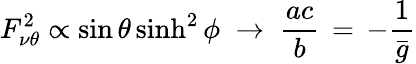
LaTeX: F_{\nu\theta}^{2}\propto\sin\theta\sinh^{2}\phi\; \rightarrow\; \frac{ac}{b}\, =\, -\frac{1}{\bar{g}}